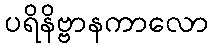
ပရိနိဗ္ဗာနကာလော